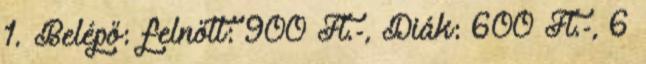
1. Belépő: felnőtt: 900 Ft.-, Diák: 600 Ft.-, 6